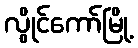
လွိုင်ကော်မြို့